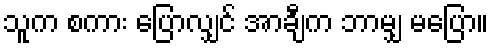
သူက စကား ပြောလျှင် အာချီက ဘာမျှ မပြော။